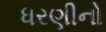
ધરણીનો